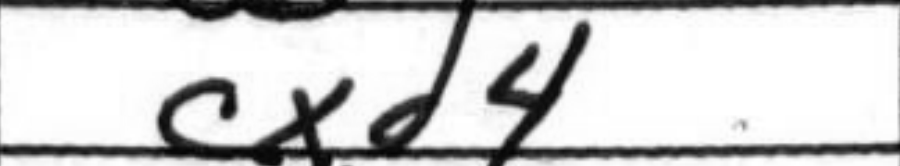
Transcription: cxd4